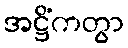
အဋ္ဌိံကတွာ